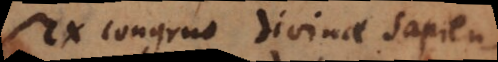
ex congruo divinae sapientiae